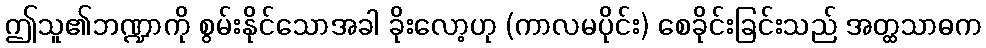
ဤသူ၏ဘဏ္ဍာကို စွမ်းနိုင်သောအခါ ခိုးလော့ဟု (ကာလမပိုင်း) စေခိုင်းခြင်းသည် အတ္ထသာဓက